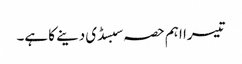
تیسرا اہم حصہ سبسڈی دینے کا ہے۔